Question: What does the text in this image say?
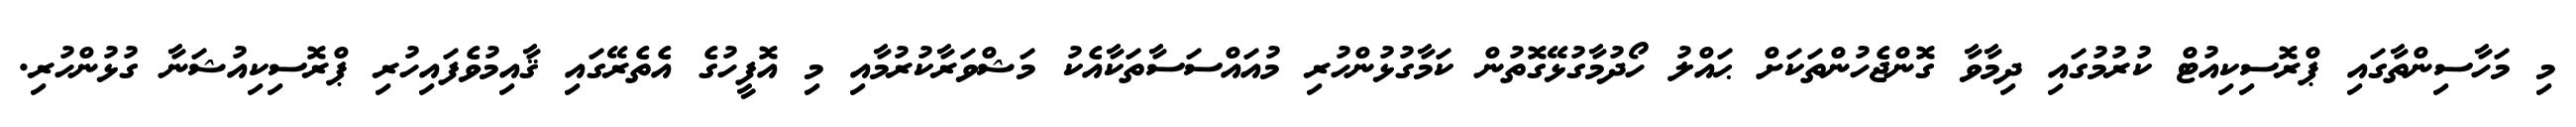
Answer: މި މަހާސިންތާގައި ޕްރޮސިކިއުޓް ކުރުމުގައި ދިމާވާ ގޮންޖެހުންތަކަށް ޙައްލު ހޯދުމާގުޅޭގޮތުން ކަމާގުޅުންހުރި މުއައްސަސާތަކާއެކު މަޝްވަރާކުރުމާއި މި އޮފީހުގެ އެތެރޭގައި ޤާއިމުވެފައިހުރި ޕްރޮސިކިއުޝަނާ ގުޅުންހުރި.